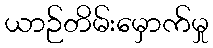
ယာဉ်တိမ်းမှောက်မှု